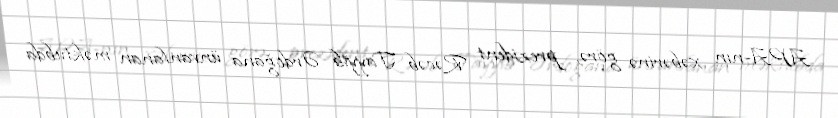
APA-nın xəbərinə görə, prezident Rəcəb Tayyib Ərdoğana ünvanlanan məktubda